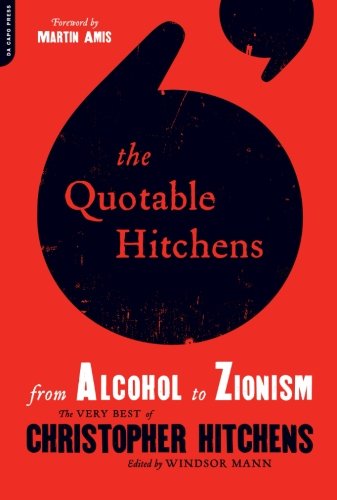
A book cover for The Quotable Hitchens: From Alcohol to Zionism--The Very Best of Christopher Hitchens; Reference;